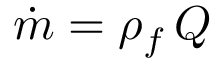
\dot { m } = \rho _ { f } \, Q